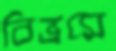
বিভ্রমে